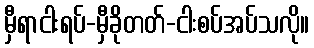
မှီရာငါးရပ်-မှီခိုတတ်-ငါးစပ်အပ်သလို။